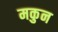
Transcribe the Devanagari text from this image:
मकुन